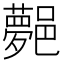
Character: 𨞯